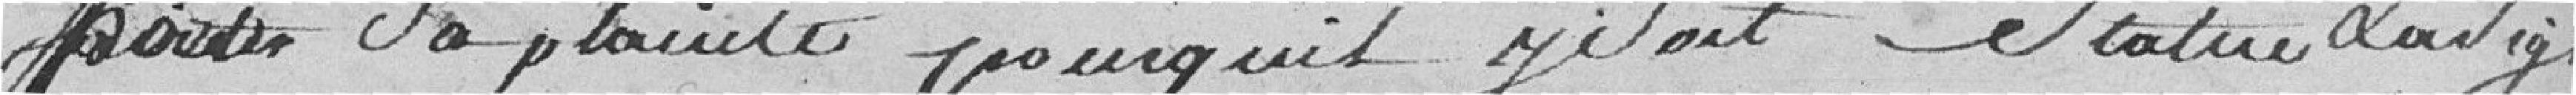
porter sa plainte pour qu'il y soit statué . Sousigné